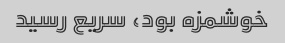
خوشمزه بود، سریع رسید